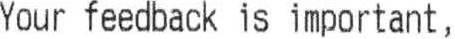
YOUR FEEDBACK IS IMPORTANT,